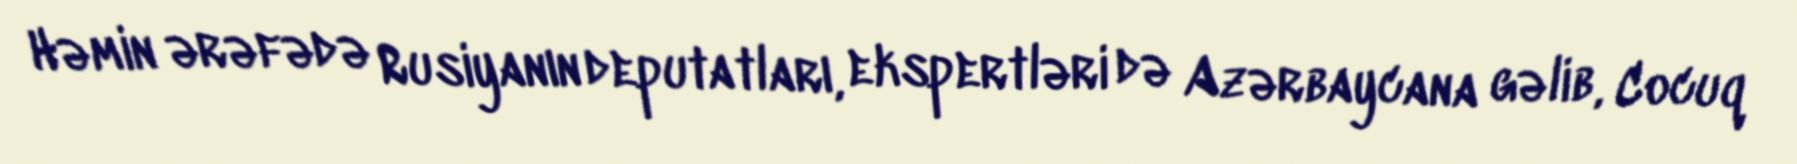
Həmin ərəfədə Rusiyanın deputatları, ekspertləri də Azərbaycana gəlib, Cocuq